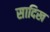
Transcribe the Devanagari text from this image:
सादिख